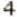
4